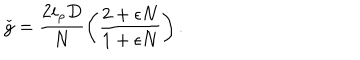
\check { g } = \frac { 2 i _ { \rho } D } { N } \left( \frac { 2 + \epsilon N } { 1 + \epsilon N } \right) .